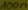
Text: 100n